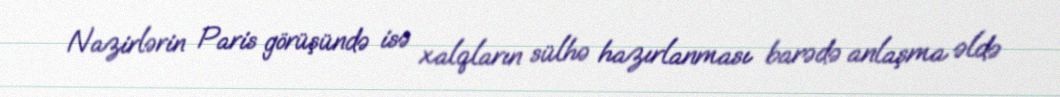
Nazirlərin Paris görüşündə isə xalqların sülhə hazırlanması barədə anlaşma əldə